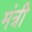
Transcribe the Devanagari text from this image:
मंत्री